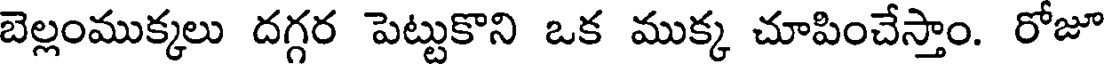
బెల్లంముక్కలు దగ్గర పెట్టుకొని ఒక ముక్క చూపించేస్తాం. రోజూ